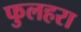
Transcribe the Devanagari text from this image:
फुलहरा